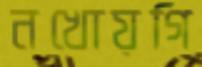
নখোয়গি